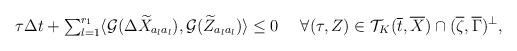
LaTeX: \begin{align*} \tau \Delta t+{\textstyle\sum_{l=1}^{r_1}}\langle \mathcal{G}(\Delta\widetilde{X}_{a_la_l}), \mathcal{G}(\widetilde{Z}_{a_la_l})\rangle\le 0 \quad\ \forall(\tau,Z)\in\mathcal{T}_K(\overline{t},\overline{X})\cap (\overline{\zeta},\overline{\Gamma})^{\perp}, \end{align*}